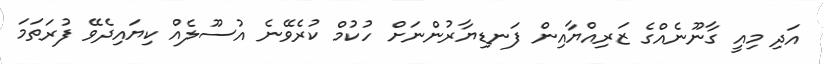
އަދި މިއީ ގާނޫނެއްގެ ޒަރިއްޔާއިން ފަނޑިޔާރުންނަށް ހުކުމް ކުރެވޭނެ އުސޫލެއް ކިޔައިދެވޭ ފުރަތަމަ